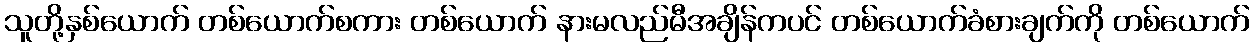
သူတို့နှစ်ယောက် တစ်ယောက်စကား တစ်ယောက် နားမလည်မီအချိန်ကပင် တစ်ယောက်ခံစားချက်ကို တစ်ယောက်